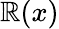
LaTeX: \mathbb{R}(x)